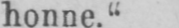
honne.“